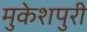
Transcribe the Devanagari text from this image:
मुकेशपुरी